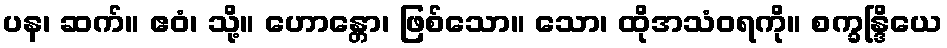
ပန၊ ဆက်။ ဧဝံ၊ သို့။ ဟောန္တော၊ ဖြစ်သော။ သော၊ ထိုအသံဝရကို။ စက္ခန္ဒြိယေ